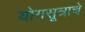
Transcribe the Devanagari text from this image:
योगसूत्राचे